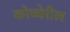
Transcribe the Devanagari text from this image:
कोच्चेरील